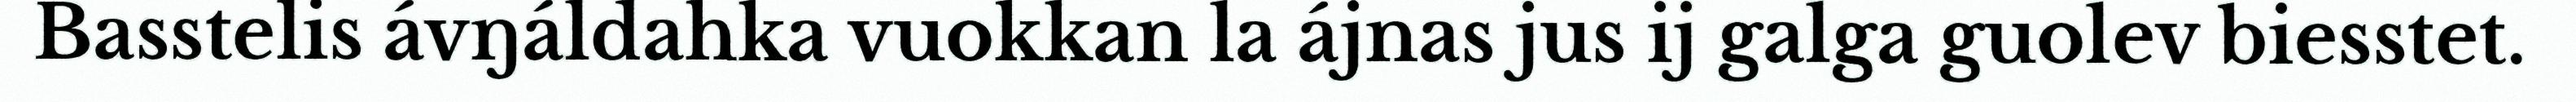
Basstelis ávŋáldahka vuokkan la ájnas jus ij galga guolev biesstet.